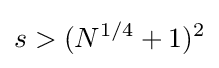
s>(N^{1/4}+1)^{2}